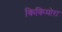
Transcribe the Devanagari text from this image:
किकिमोरा